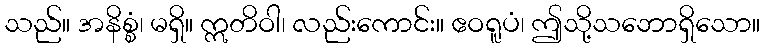
သည်။ အနိစ္စံ၊ မရှိ။ ဣတိဝါ၊ လည်းကောင်း။ ဧဝရူပံ၊ ဤသို့သဘောရှိသော။